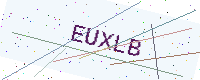
Text: EUXLB